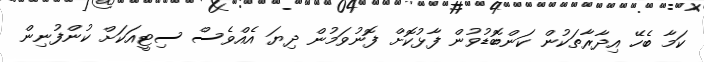
ކަމާ ބެހޭ އިދާރާތަކުން ކަންބޮޑުވުން ފާޅުކޮށް ފޮނުވަމުން ދިޔަ އެއްވެސް ސިޓީއަކަށް ކުންފުނިން